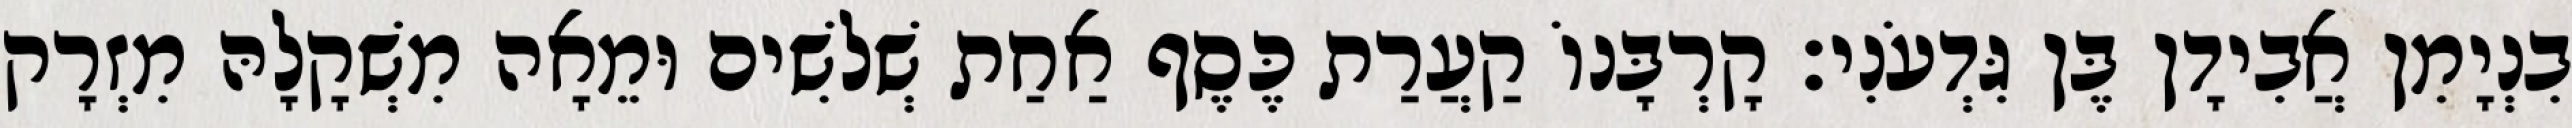
בִנְיָמִן אֲבִידָן בֶּן גִּדְעֹנִי׃ קָרְבָּנוֹ קַעֲרַת כֶּסֶף אַחַת שְׁלשִׁים וּמֵאָה מִשְׁקָלָהּ מִזְרָק